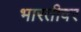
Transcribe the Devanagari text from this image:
भारतीवर